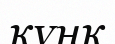
құңқ